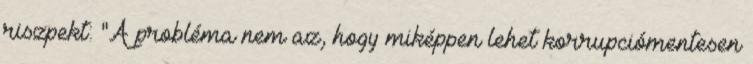
riszpekt: "A probléma nem az, hogy miképpen lehet korrupciómentesen